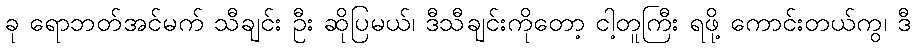
ခု ရောဘတ်အင်မက် သီချင်း ဦး ဆိုပြမယ်၊ ဒီသီချင်းကိုတော့ ငါ့တူကြီး ရဖို့ ကောင်းတယ်ကွ၊ ဒီ